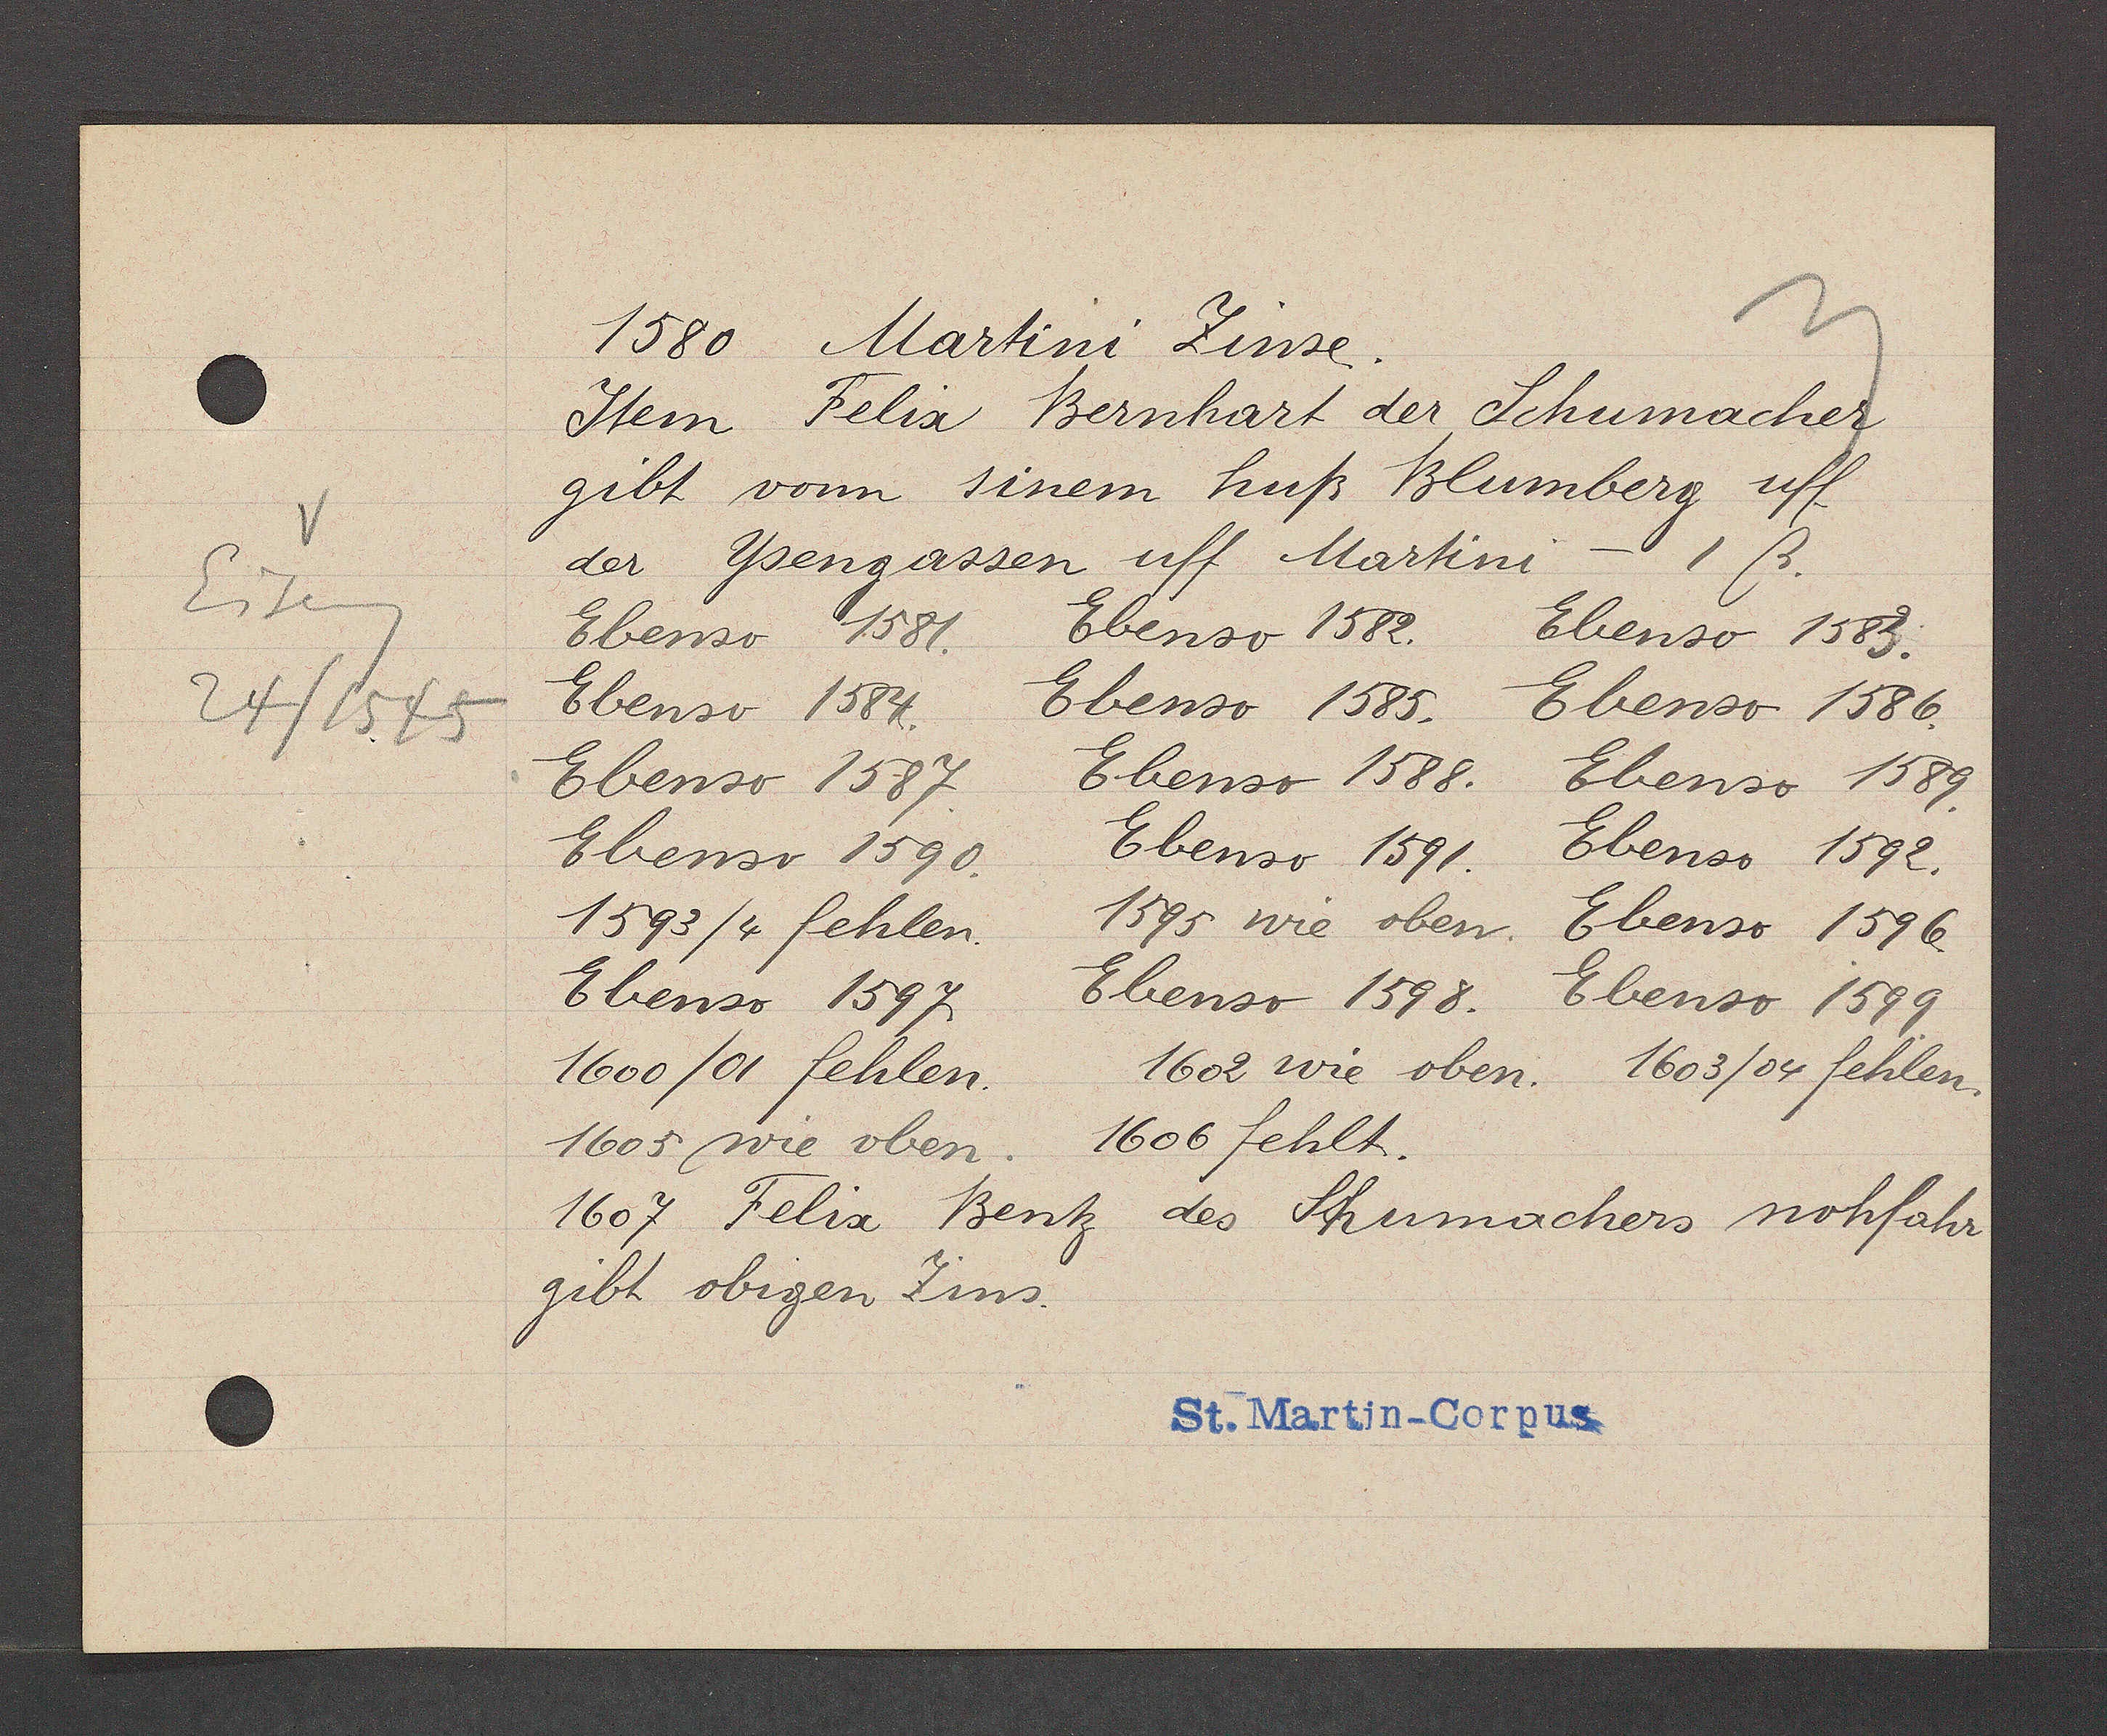
Transcript:
Eiseng
24/1545

1580 Martini Zinse.
Jtem Felix Bernhart der Schumacher
gibt vonn sinem huß Blumberg uff
der Ysengassen uff Martini - 1ß
Ebenso 1582.
Ebenso 1581.
Ebenso 1383:
Ebenso 1585.
Ebenso 1584
Ebenso 1586.
Ebenso 1588.
Ebenso 1587
Ebenso 1589.
Ebenso 1591.
Ebenso 1592.
Ebenso 1590.
1595 wie oben.
1593/4 fehlen.
Ebenso 1596
Ebenso 1598.
Ebenso 1597
Ebenso 1599
1602 wie oben.
1603/04 fehlen.
1600 /01 fehlen.
1606 fehlt.
1605 wie oben
1607 Felix Bentz
des Schumachers nohfahr
gibt obigen Zins.